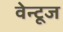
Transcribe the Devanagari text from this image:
वेन्टूज